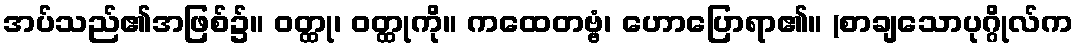
အပ်သည်၏အဖြစ်၌။ ဝတ္ထု၊ ဝတ္ထုကို။ ကထေတဗ္ဗံ၊ ဟောပြောရာ၏။ (စာချသောပုဂ္ဂိုလ်က